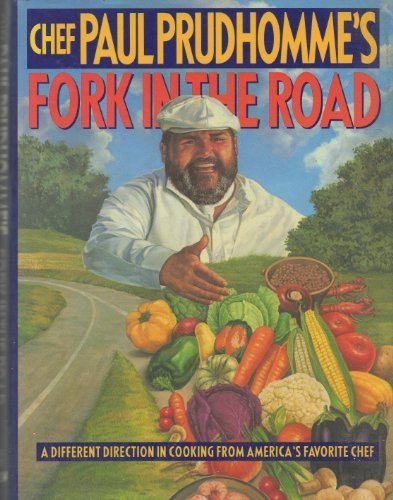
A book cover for Chef Paul Prudhomme's fork in the road :a different direction in cooking; Paul Prudhomme; Cookbooks, Food & Wine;